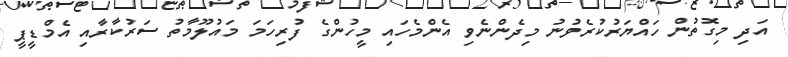
އަދި މިގޮތުން ހައްޔަރުކުރެވުނު މިދެންނެވި އެންމެހައި މީހުންގެ ފުރިހަމަ މައުލޫމާތު ސަރުކާރާއި އެމްޑީޕީ